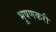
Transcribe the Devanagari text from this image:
भूषणकरी